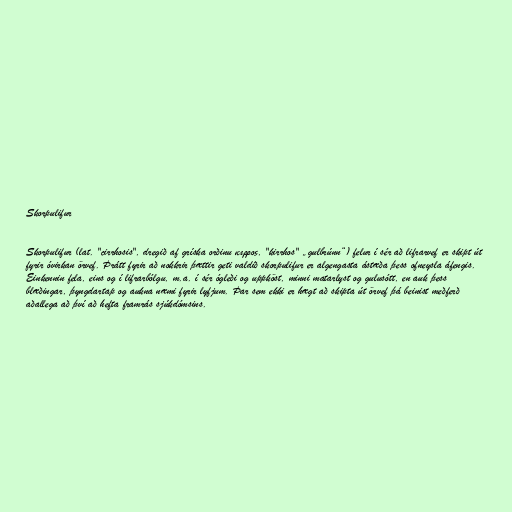
Skorpulifur

Skorpulifur (lat. "cirrhosis", dregið af gríska orðinu κιρρος, "kirrhos" „gulbrúnn“) felur í sér að lifrarvef er skipt út
fyrir óvirkan örvef. Þrátt fyrir að nokkrir þættir geti valdið skorpulifur er algengasta ástæða þess ofneysla áfengis.
Einkennin fela, eins og í lifrarbólgu, m.a. í sér ógleði og uppköst, minni matarlyst og gulusótt, en auk þess
blæðingar, þyngdartap og aukna næmi fyrir lyfjum. Þar sem ekki er hægt að skipta út örvef þá beinist meðferð
aðallega að því að hefta framrás sjúkdómsins.